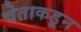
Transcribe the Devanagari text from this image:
चेताकडून